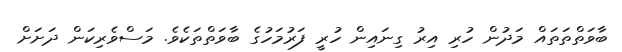
ބާވަތްތަތައް މަދުން ހުރި އިރު ގިނައިން ހުރީ ފަރުމަހުގެ ބާވަތްތަކެވެ. މަސްވެރިކަން ދަށަށް